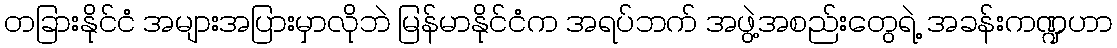
တခြားနိုင်ငံ အများအပြားမှာလိုဘဲ မြန်မာနိုင်ငံက အရပ်ဘက် အဖွဲ့အစည်းတွေရဲ့ အခန်းကဏ္ဍဟာ